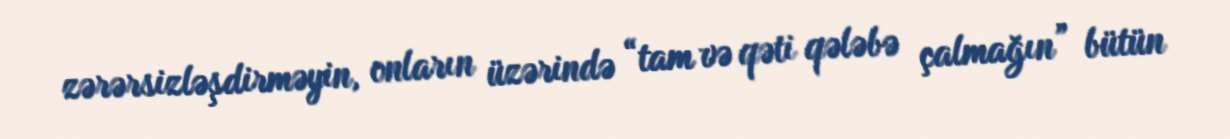
zərərsizləşdirməyin, onların üzərində “tam və qəti qələbə çalmağın” bütün